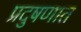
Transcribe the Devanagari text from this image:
प्रदुषणात